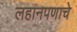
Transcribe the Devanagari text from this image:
लहानपणाचे